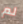
لم